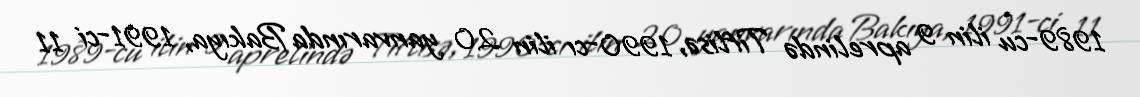
1989-cu ilin 9 aprelində Tiflisə, 1990-cı ilin 20 yanvarında Bakıya, 1991-ci 11